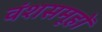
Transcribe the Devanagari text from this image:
वंशसमूहों